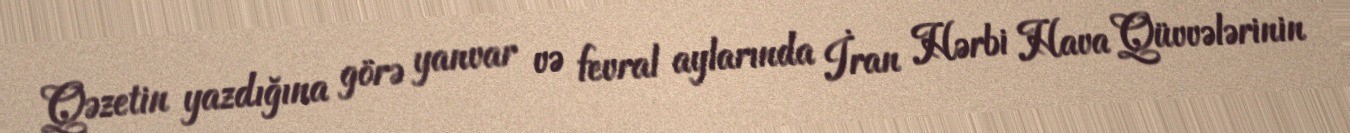
Qəzetin yazdığına görə yanvar və fevral aylarında İran Hərbi Hava Qüvvələrinin